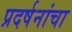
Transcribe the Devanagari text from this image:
प्रदर्षनांचा